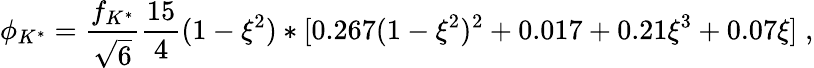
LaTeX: \phi_{K^{*}}=\frac{f_{K^{*}}}{\sqrt{6}}\frac{15}{4}(1-\xi^{2})*[0.267(1-\xi^{2})^{2}+0.017+0.21\xi^{3}+0.07\xi]\; ,